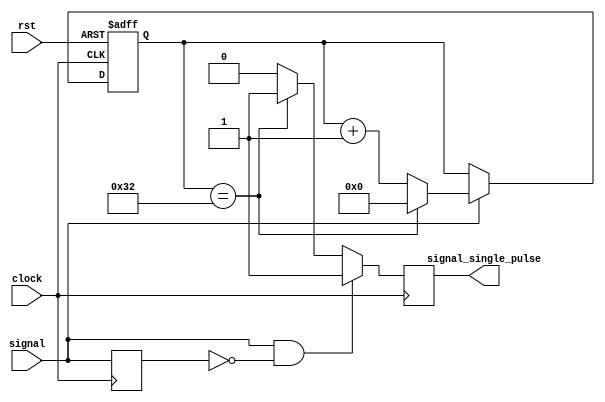
`timescale 1ns / 1ps
//////////////////////////////////////////////////////////////////////////////////
// Company: 
// Engineer: 
// 
// Design Name: 
// Module Name: one_pulse_space
// Project Name: 
// Target Devices: 
// Tool Versions: 
// Description: 
// 
// Dependencies: 
// 
// Revision:
// Revision 0.01 - File Created
// Additional Comments:
// 
//////////////////////////////////////////////////////////////////////////////////


module one_pulse_space(
	output reg signal_single_pulse,
	input wire signal,
	input wire clock,
	input rst
	);
	
	reg signal_delay;
	reg [6:0] cnt;
	always @(posedge clock or posedge rst ) begin
		if(rst)
			cnt <=0;
		else if (signal == 1'b1)
			if(cnt == 50)
				cnt <= 0;
			else 
				cnt <= cnt + 1'b1;
		else 
			cnt <= cnt;
	end
	always @(posedge clock) begin
		if (signal == 1'b1 & signal_delay == 1'b0)
		  signal_single_pulse <= 1'b1;
		else if(cnt == 50)
		  signal_single_pulse <= 1'b1;
		else
		  signal_single_pulse <= 1'b0;

		signal_delay <= signal;
	end
endmodule